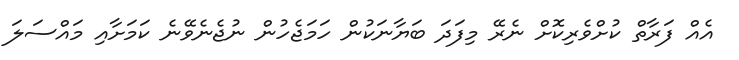
އެއް ފަރާތް ކުށްވެރިކޮށް ނެރޭ މިފަދަ ބަޔާނަކުން ހަމަޖެހުން ނުޖެނެވޭނެ ކަމަށާއި މައްސަލަ